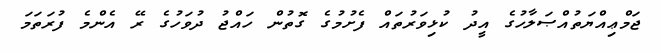
ޖަމްޢިއްޔަތުއްޞަލާހުގެ އީދު ކުޅިވަރުތައް ފެށުމުގެ ގޮތުން ހައްޖު ދުވަހުގެ ރޭ އެންމެ ފުރަތަމަ